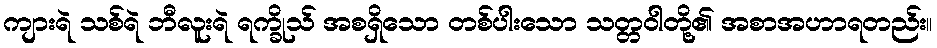
ကျားရဲ သစ်ရဲ ဘီလူးရဲ ရက္ခိုသ် အစရှိသော တစ်ပါးသော သတ္တဝါတို့၏ အစာအဟာရတည်း။